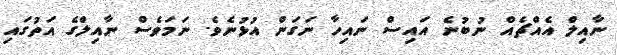
ނާއިލް އެއްޗެއް ނުބުނެ އައިސް ނައިހާ ނަގަން އުޅުނެވެ. ނަމަވެސް ނާއިލްގެ އަތުގައި